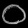
Digit: ၀